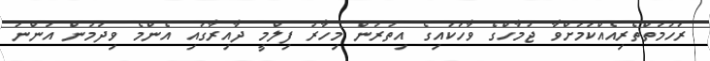
ރަހުމަތްތެރިއެއްކަމަށްވާ ޖުމާހްގެ ވާހަކައިގެ އިތުރުން މިހާރު ފިލްމީ ދާއިރާގައި އެންމެ ވިދަމުން އަންނަ